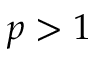
p > 1